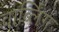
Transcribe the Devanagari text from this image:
वार्ब्लिंग